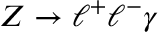
Z \to \ell ^ { + } \ell ^ { - } \gamma